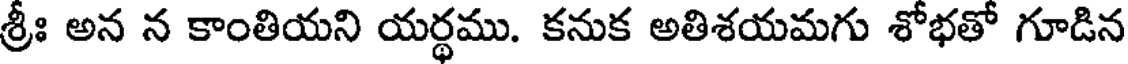
శ్రీః అన న కాంతియని యర్థము. కనుక అతిశయమగు శోభతో గూడిన